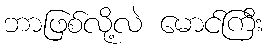
ဘာဖြစ်လို့လဲ မောင်ကြီး